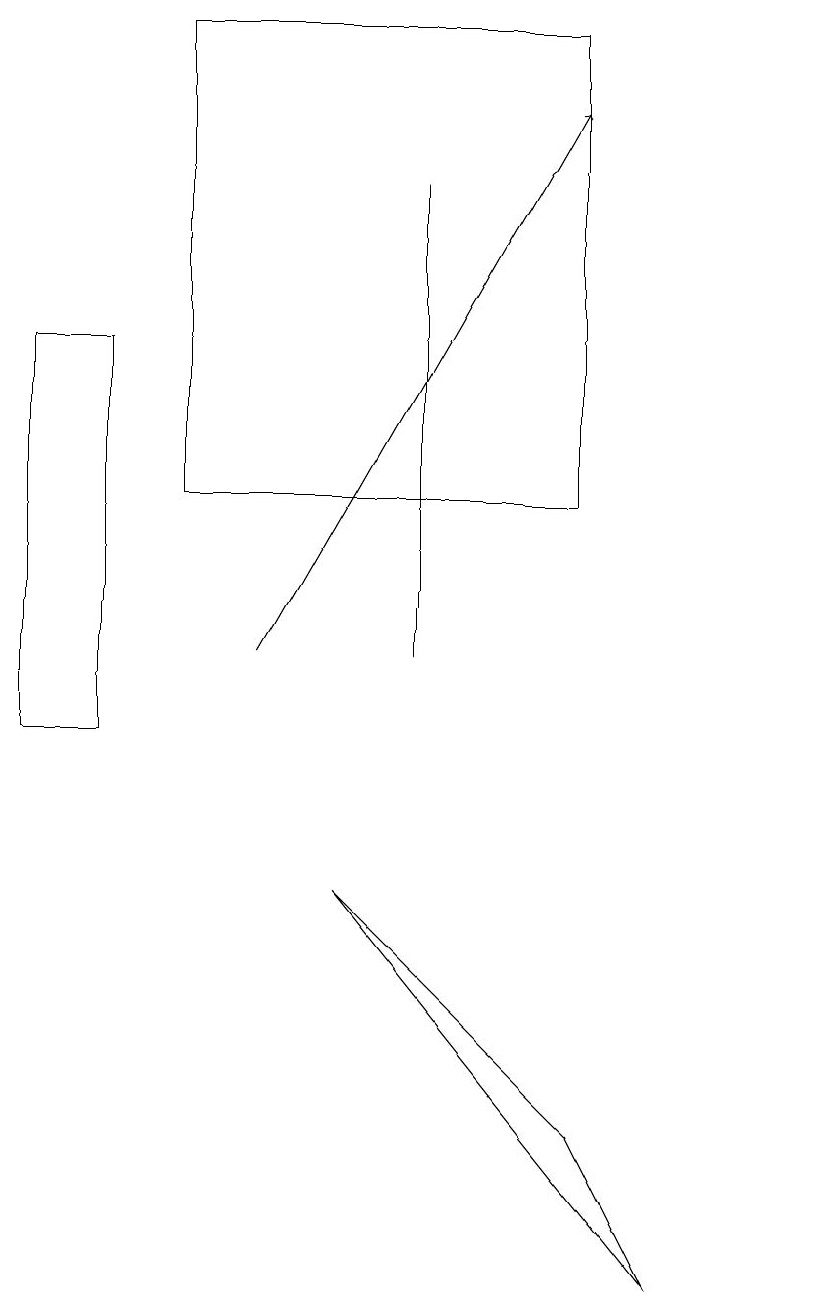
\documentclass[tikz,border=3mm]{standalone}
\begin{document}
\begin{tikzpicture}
\draw (5,11) rectangle (5,17);
\draw (10,12) circle (0);
\draw (1,15) rectangle (0,10);
\draw (7,13) rectangle (2,19);
\draw (4,8) -- (7,5) -- (8,3) -- cycle;
\draw[->] (3,11) -- (7,18);
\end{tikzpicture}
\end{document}